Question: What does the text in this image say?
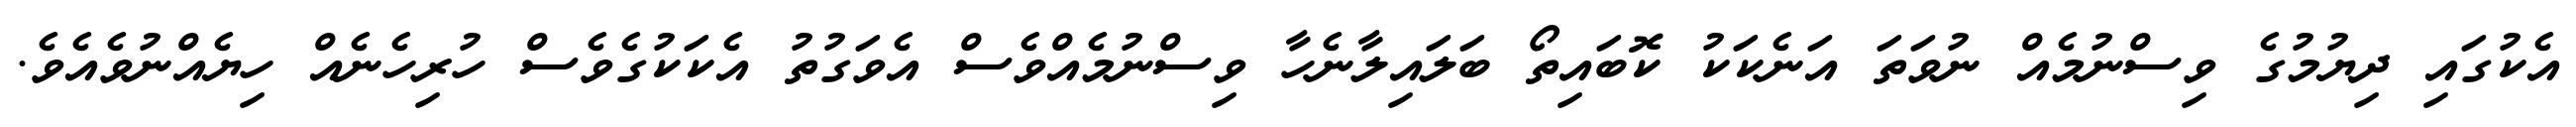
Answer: އެކުގައި ދިޔުމުގެ ވިސްނުމެއް ނުވަތަ އަނެކަކު ކޮބައިތޯ ބަލައިލާނެހާ ވިސްނުމެއްވެސް އެވަގުތު އެކަކުގެވެސް ހުރިހެނެއް ހިޔެއްނުވެއެވެ.